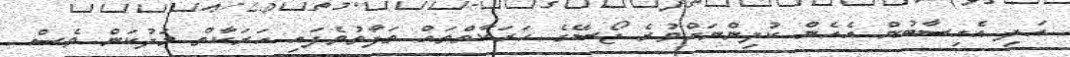
އަދި އެހިސާބުން އެހެން ކުދިންނަށްވުރެ ޖޯސޭގެ ހަރަކާތްތައް ތަފާތުވެފައި ހަރަކާތް މަދުކަން ވެސް